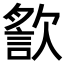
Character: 𣤍